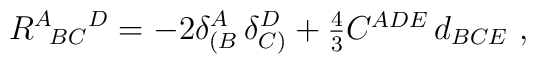
R^A{}_{\!BC}{}^D = - 2\delta_{(B}^A\,\delta_{C)}^D +\textstyle{\frac{4}{3}} C^{ADE} \,d_{BCE} \ ,